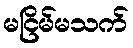
မငြိမ်မသက်